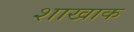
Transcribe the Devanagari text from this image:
शाखाक